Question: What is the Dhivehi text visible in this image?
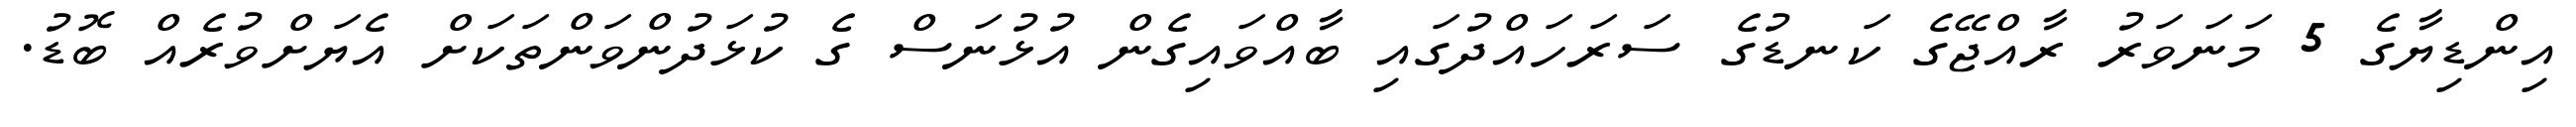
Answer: އިންޑިޔާގެ 5 މަނަވަރު ރާއްޖޭގެ ކަނޑުގެ ސަރަހައްދުގައި ބާއްވައިގެން އުޅުނަސް ގެ ކުޅަދުންވަންތަކަށް އެޔަށްވުރެއް ބޮޑު.